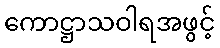
ကောဋ္ဌာသဝါရအဖွင့်